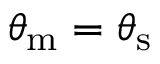
\theta _ { \mathrm { { m } } } = \theta _ { \mathrm { { s } } }